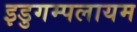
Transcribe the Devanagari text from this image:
इडुगम्पलायम